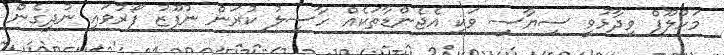
މަހުލޫފް ވިދާޅުވީ ސިޔާސީ ވަކި އެޖެންޑާތަކެއް ހާސިލު ކުރަން ނުފޫޒު ފޯރުވައި ނުދީގެން